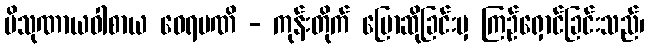
ပိသုဏာယဝါစာယ ဝေရမဏိ - ကုန်းတိုက် ပြောဆိုခြင်းမှ ကြဉ်ရှောင်ခြင်းသည်၊